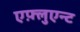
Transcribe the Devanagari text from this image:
एफ़्लुएन्ट